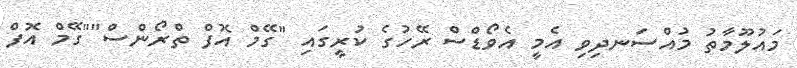
މައުލޫމާތު މުއްސަނދިވި އެމީ އެވޯޑްސް ރޭހުގެ ކުރީގައި "ގޭމް އޮފް ތްރޯންސް""ގޭމް އޮފް